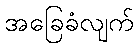
အခြေခံလျက်